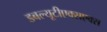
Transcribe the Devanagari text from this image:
डबल्यूटीएक्सएक्स